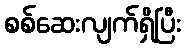
စစ်ဆေးလျက်ရှိပြီး